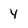
Character: Y